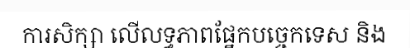
ការសិក្សា លើលទ្ធភាពផ្នែកបច្ចេកទេស និង